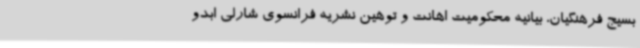
بسیج فرهنگیان، بیانیه محکومیت اهانت و توهین نشریه فرانسوی شارلی ابدو